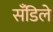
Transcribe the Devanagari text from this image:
सँडिले